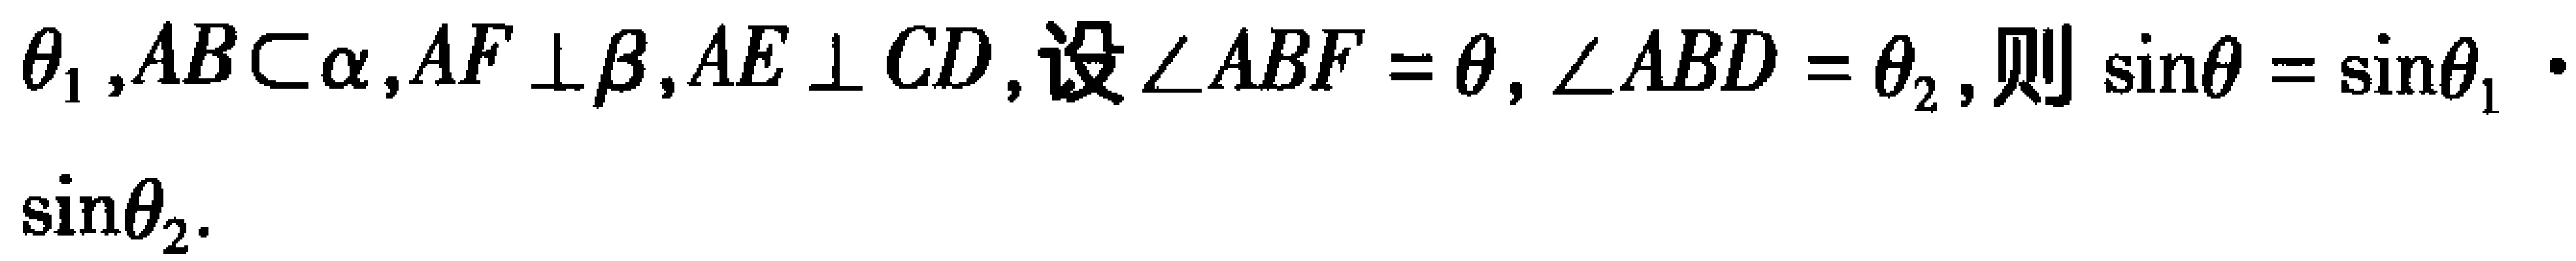
$\theta _{1},AB\subset \alpha,AF\perp \beta,AE\perp CD,设\angle ABF = \theta,\angle ABD=\theta _{2},则\sin\theta=\sin\theta _{1}\cdot\sin\theta _{2}.$